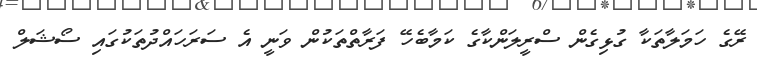
ރޭގެ ހަމަލާތަކާ ގުޅިގެން ސްރީލަންކާގެ ކަމާބެހޭ ފަރާތްތަކުން ވަނީ އެ ސަރަހައްދުތަކުގައި ސޯޝަލް